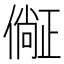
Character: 𣦛